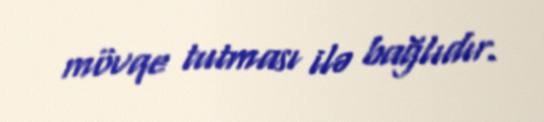
mövqe tutması ilə bağlıdır.